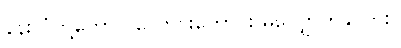
နန်းလုံတို့တောင် ကောင်းကောင်း မလျှောက်နိုင်ဘူး။